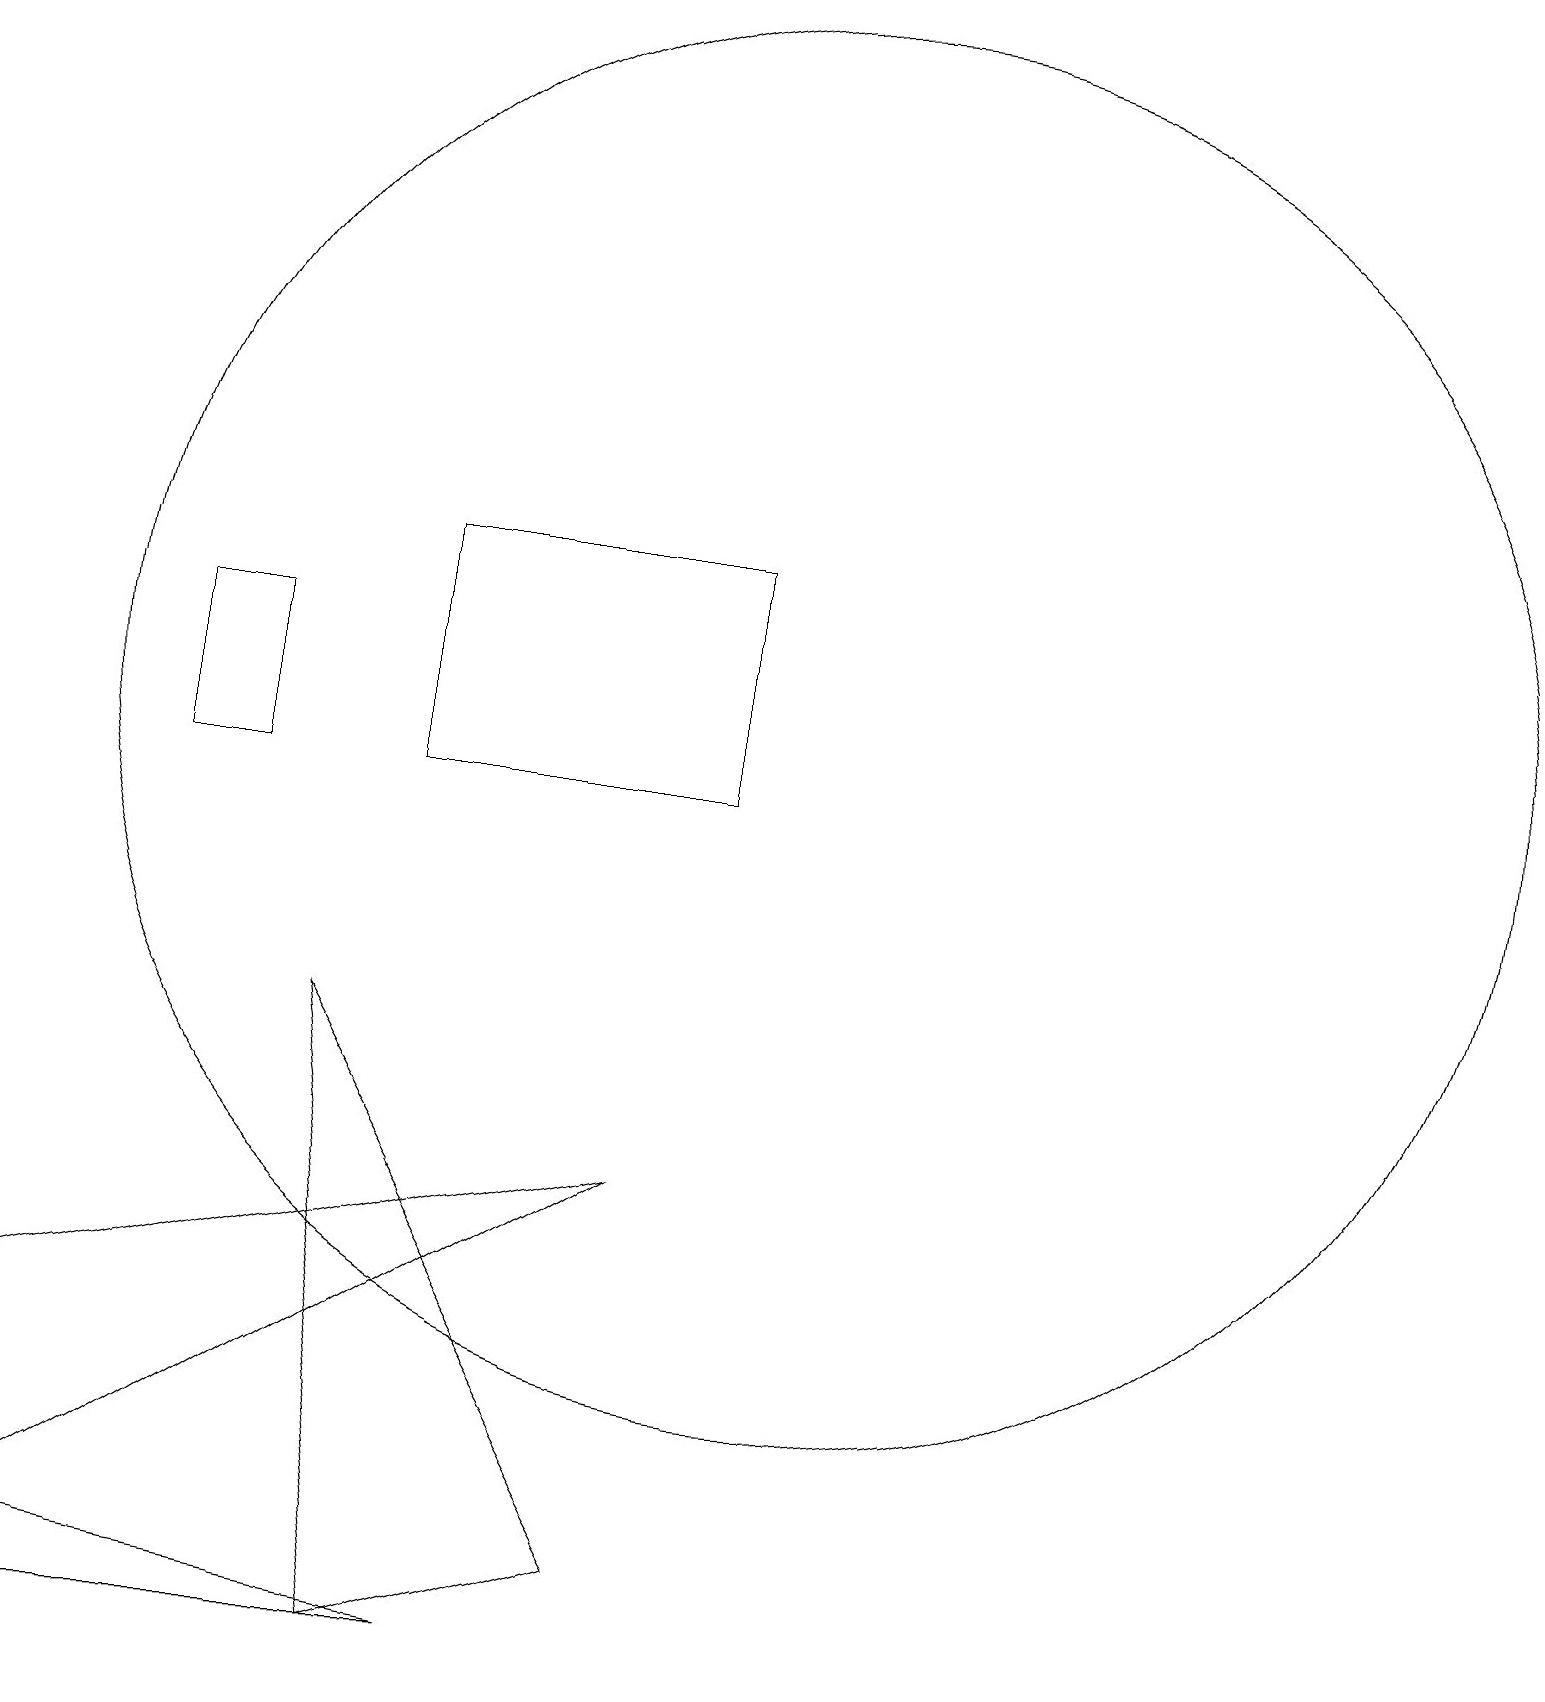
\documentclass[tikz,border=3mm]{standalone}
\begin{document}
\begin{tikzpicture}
\draw (10,12) circle (9);
\draw (6,0) -- (0,1) -- (1,0) -- cycle;
\draw (5,0) -- (4,8) -- (8,1) -- cycle;
\draw (9,11) rectangle (5,14);
\draw (2,11) rectangle (3,13);
\draw (0,4) -- (8,6) -- (0,1) -- cycle;
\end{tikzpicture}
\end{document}